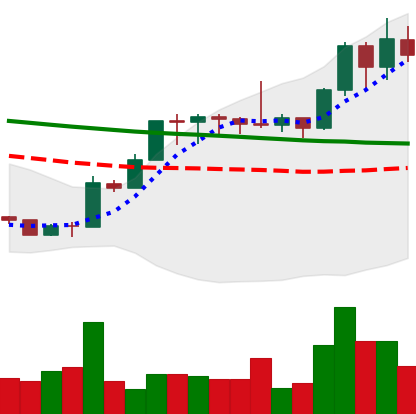
Ticker: XMR-USD
Chart end date: 2020-01-18
Forward return: -6.93%
Label: down_5_7